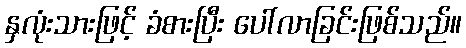
နှလုံးသားဖြင့် ခံစားပြီး ပေါ်လာခြင်းဖြစ်သည်။